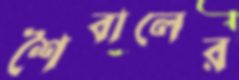
শৈবালের